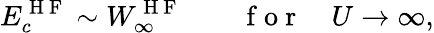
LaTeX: E_{c}^{\mathrm{~H~F~}}\sim W_{\infty}^{\mathrm{~H~F~}}\quad\quad\mathrm{~f~o~r~}\quad U\to\infty,